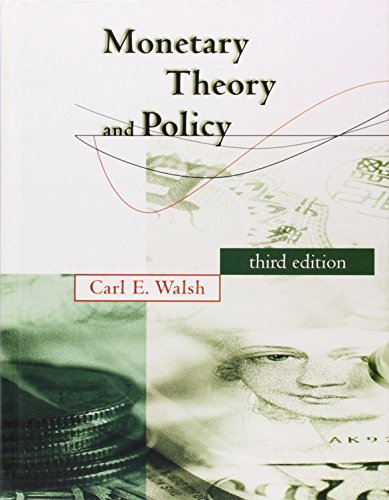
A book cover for Monetary Theory and Policy; Carl E. Walsh; Business & Money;